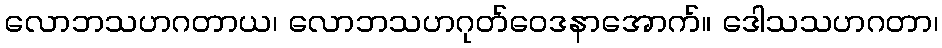
လောဘသဟဂတာယ၊ လောဘသဟဂုတ်ဝေဒနာအောက်။ ဒေါသသဟဂတာ၊